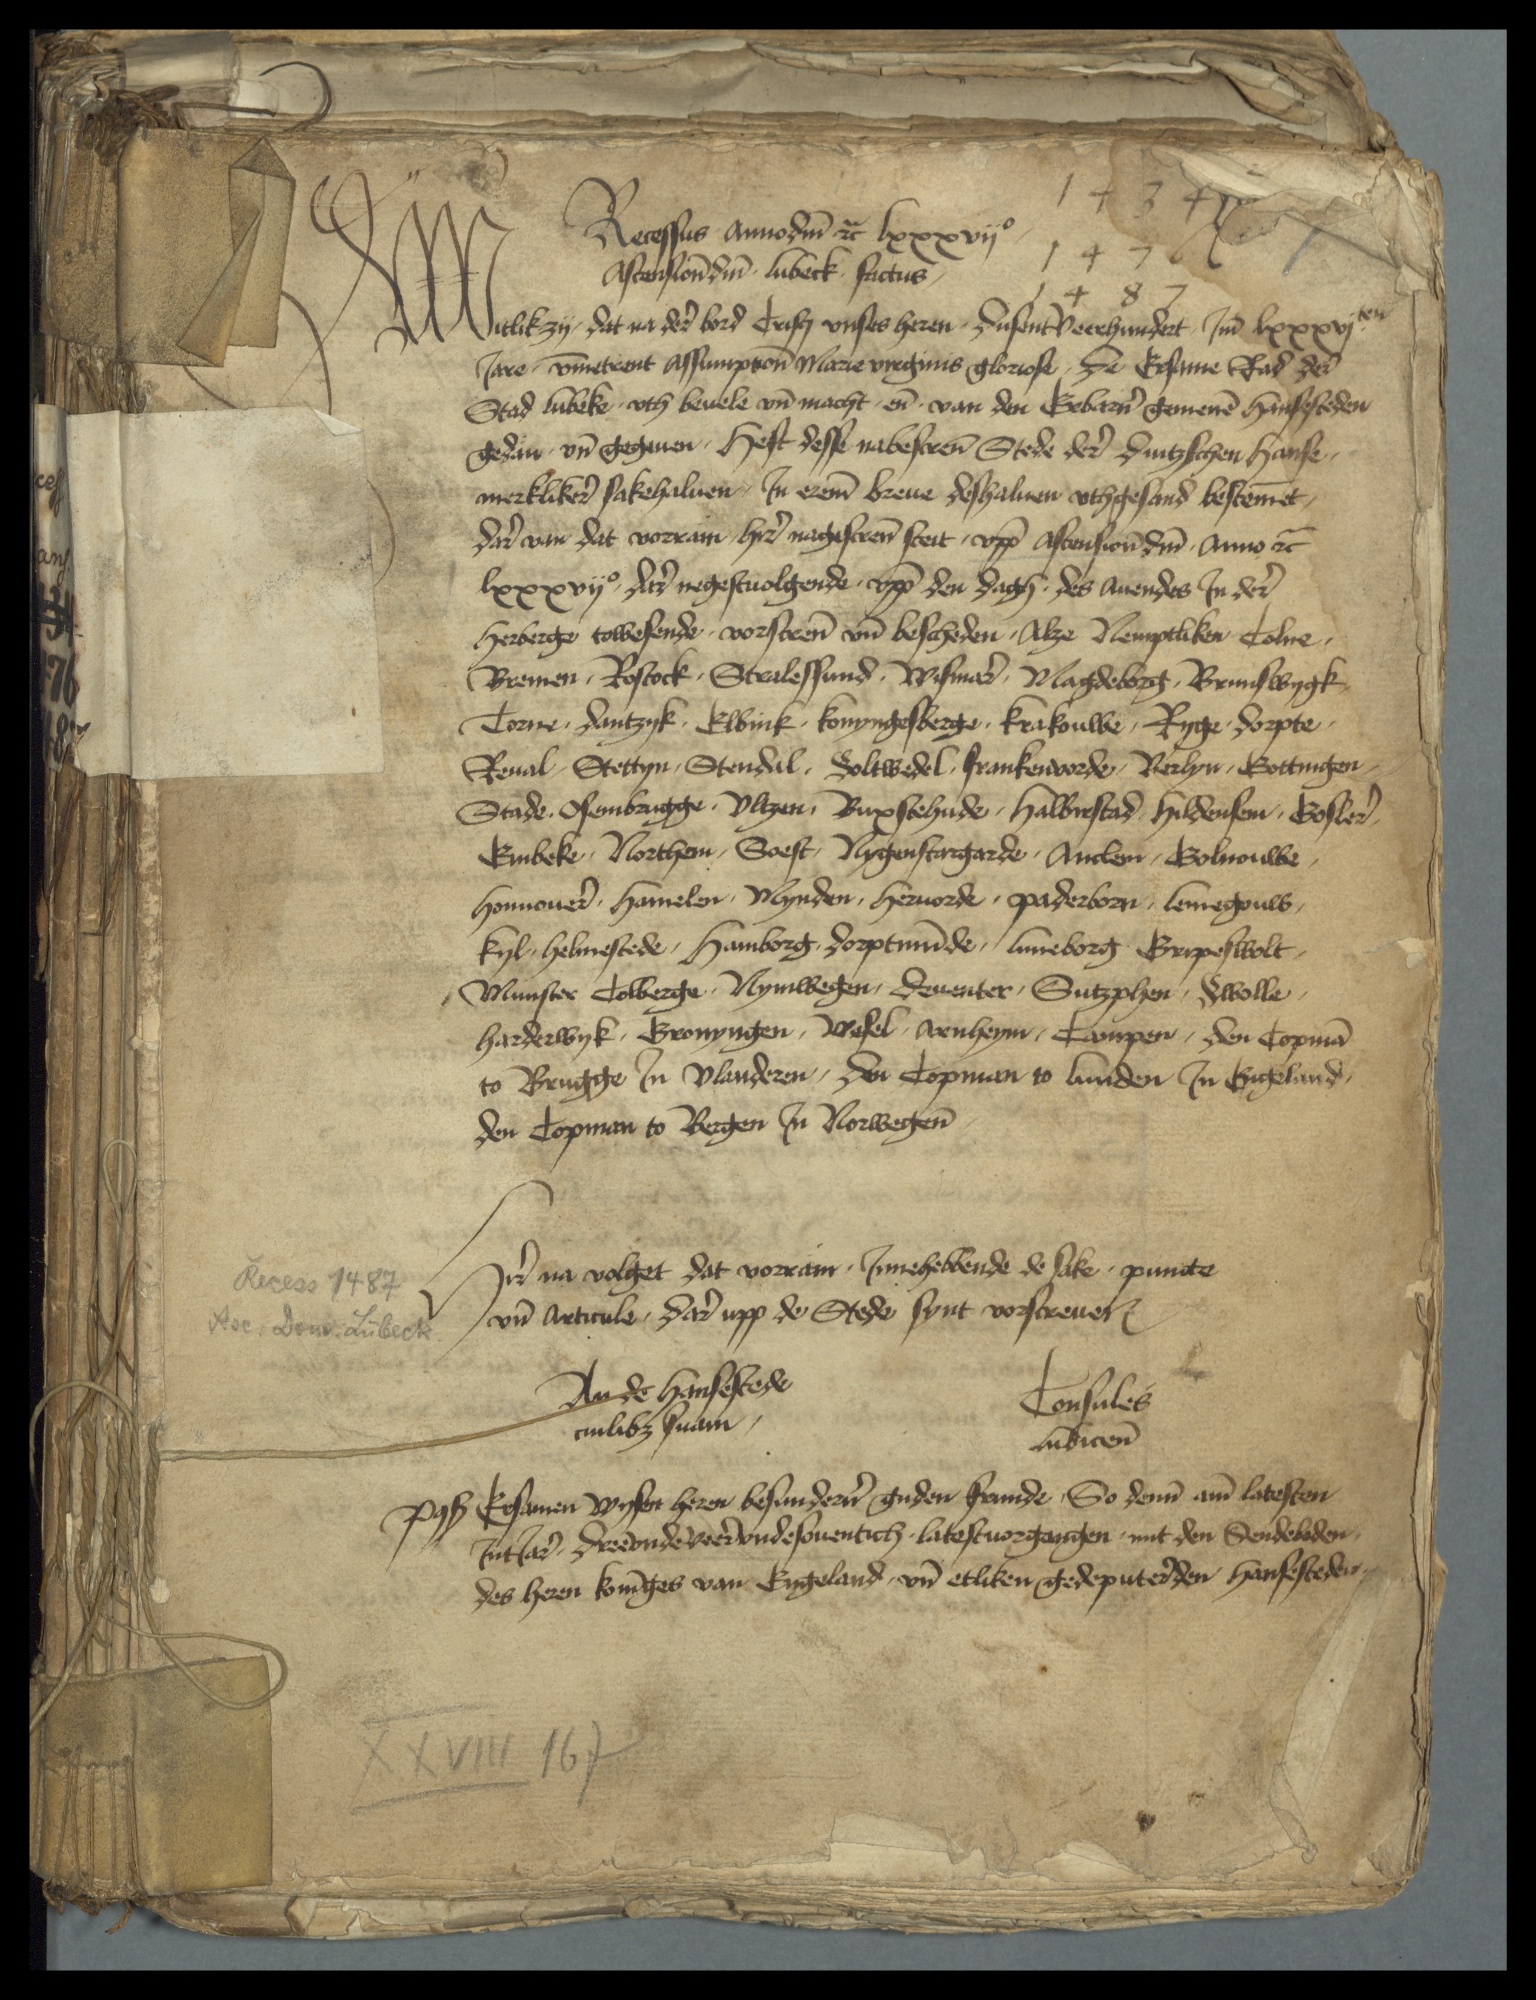
1434
1476
1487

W

Recessus Anno dm̄ et̉ lxxxvijo
Ascension̄ dm̄ Lubeck Factus
Witlik zy dat na der bord cristi vnses heren dusentverhundert Jm lxxxviten
Jare v̄metrent Assumption̄ Marie virginis gloriose de Ersame Rad der
Stad Lubeke vth beuele vn̄ macht en̄ van den Erbar̉n gemenē hansesteden
gedan vn̄ gegeuen Heft desse nabescrēn Stede der dutzschen hanse
merkliker̉ sakehaluer Jn erem̄ breue deshaluen vthgesand bestēmet,
dar van dat vorram hir nagescrēn steit vpp̄ Ascension̄ dm̄ Anno et̉
lxxvijo dar negestuolgende vpp̄ den dagꝬ des auendes Jn der
herberge towesende vorscrēn vn̄ bescheden Alze Nemptliken Colne,
Bremen, Rostock, Stralessund Wismar, Magdeborg, Brunswygk
Torne, Dantzyk, Elbink, Konyngesberge, Krakouwe, Ryge, Dorpte,
Reual, Stettyn, Stendal, Boltwedel, Frankenworde, Berlyn, Gottingen
Stade, Osenbrugge, Vltzen, Buxstehude, Halbrestad, Hildensen, Gosler
Einbeke, Northen, Soest, Nygenstargarde, Anclem, Bolnouwe,
Hannouer, Hamelen, Mynden, Heruorde, Paderborn, Lemegouw,
Kyl, Helmestede, Hamborg, Dorptmūde, Luneborg, Gripeswolt
Munster Colberge, Nymwegen, Deuenter, Sutzphen, Wolle,
Harderwyk, Gronyngen, Wesel, Arnheym, Campen, den Copmā
to Brugge Jn Vlanderen, Der Copman to Lunden Jn Engeland,
de Copman to Bergen Jn Norwegen

J na volget dat vorram Jnnehewbende de lake punte
vnd Articule dar upp de Stede synt vorscreuen
An de hansestede
mnbke suam
consules
Lubicensis
Post Ersamer wyser herer besundren guden frunde So deme ame latesten
Jnt Jar Dreevndeveervndesouentich latestuorgangen mit den Sendeboden
des heren Koninges van Engeland vnd etliken gedeputerden hansesteden